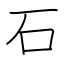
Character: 石